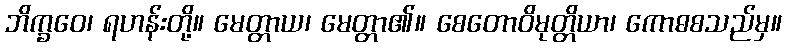
ဘိက္ခဝေ၊ ရဟန်းတို့။ မေတ္တာယ၊ မေတ္တာ၏။ စေတောဝိမုတ္တိယာ၊ ကောဓစသည်မှ။